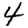
Digit: 4